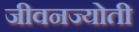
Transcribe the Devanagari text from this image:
जीवनज्योती